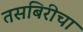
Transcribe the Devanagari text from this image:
तसबिरीचा